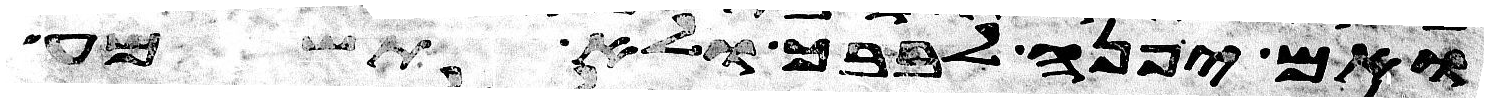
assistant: ואם יפנה לבבך ולא תשמע